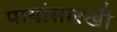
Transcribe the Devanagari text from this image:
पायांसारखी